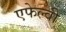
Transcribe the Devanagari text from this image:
एफेल्वी